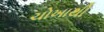
ચોખાથી